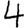
Digit: 4